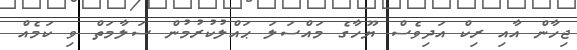
ޖިހާން އާއި ރިކް އަދިވެސް ޔޫހާގެ މައްސަލަ ޙައްލުކުރުމުން ސަލާމަތް ވި ކަމެއް